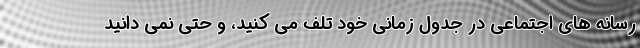
رسانه های اجتماعی در جدول زمانی خود تلف می ‌کنید، و حتی نمی‌ دانید